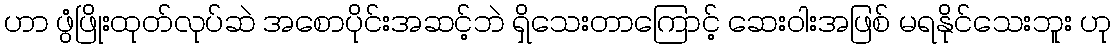
ဟာ ဖွံဖြိုးထုတ်လုပ်ဆဲ အစောပိုင်းအဆင့်ဘဲ ရှိသေးတာကြောင့် ဆေးဝါးအဖြစ် မရနိုင်သေးဘူး ဟု